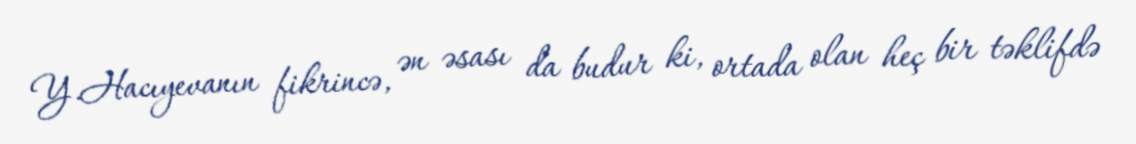
Y.Hacıyevanın fikrincə, ən əsası da budur ki, ortada olan heç bir təklifdə